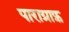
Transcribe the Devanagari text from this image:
पाराग्राफ़